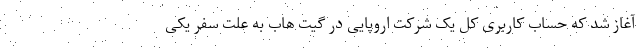
آغاز شد که حساب کاربری کل یک شرکت اروپایی در گیت هاب به علت سفر یکی